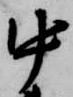
中